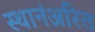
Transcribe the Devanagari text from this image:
स्थानंअरित